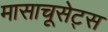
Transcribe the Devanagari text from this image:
मासाचूसेट्स